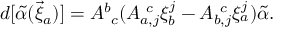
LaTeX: d [ { \tilde { \alpha } } ( \vec { \xi } _ { a } ) ] = A _ { ~ c } ^ { b } ( A _ { a , j } ^ { ~ c } \xi _ { b } ^ { j } - A _ { b , j } ^ { ~ c } \xi _ { a } ^ { j } ) { \tilde { \alpha } } .